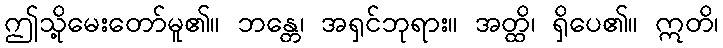
ဤသို့မေးတော်မူ၏။ ဘန္တေ၊ အရှင်ဘုရား။ အတ္ထိ၊ ရှိပေ၏။ ဣတိ၊